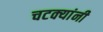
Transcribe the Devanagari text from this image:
चटक्‍यांनी